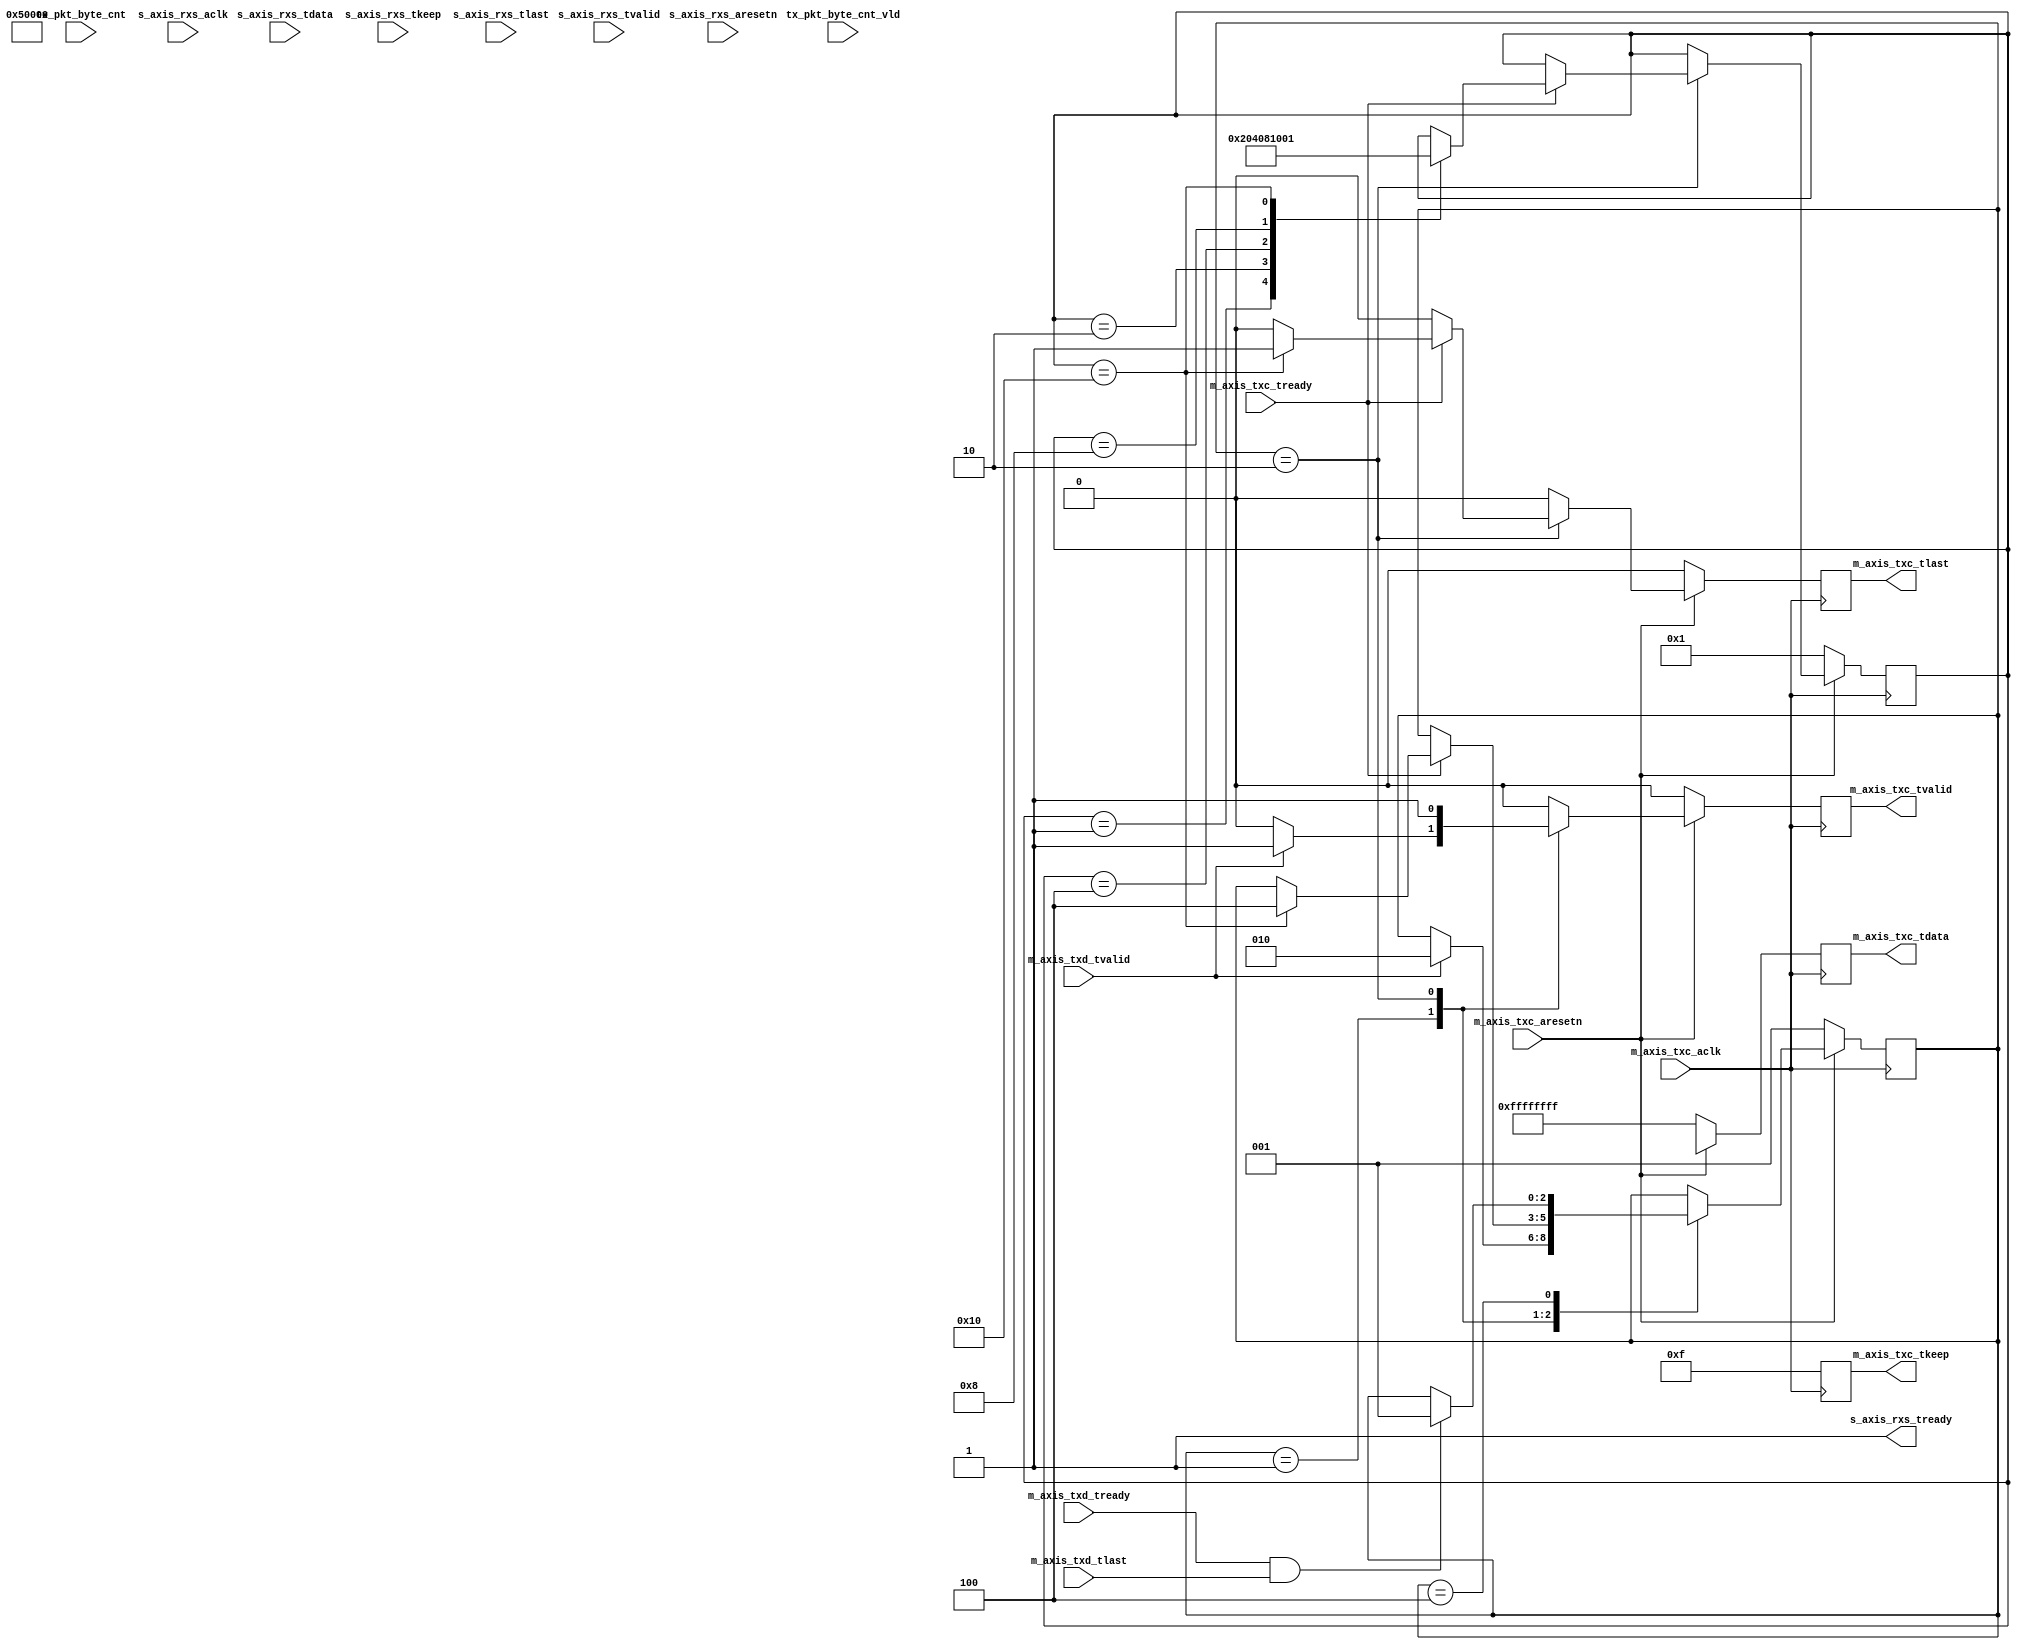
module dma_axis_control_if
#(
   parameter   C_s_axis_TDATA_WIDTH	= 32,
   parameter   C_m_axis_TDATA_WIDTH	= 32,
   parameter   C_m_axis_START_COUNT	= 32,
   parameter   C_S_AXIS_RXS_TDATA_WIDTH	= 32,
   parameter   C_M_AXIS_TXC_TDATA_WIDTH	= 32,
   parameter   C_m_axis_txc_START_COUNT	= 32,
   parameter   ENABLE_LEN	= 1
)
(

   // Ports of Axi Master Bus Interface m_axis
   input       m_axis_txd_tvalid,
   input       m_axis_txd_tlast,
   input       m_axis_txd_tready,
   input [11:0] tx_pkt_byte_cnt,
   input       tx_pkt_byte_cnt_vld,
   
   input       s_axis_rxs_aclk,
   input       s_axis_rxs_aresetn,
   output      s_axis_rxs_tready,
   input [C_S_AXIS_RXS_TDATA_WIDTH-1 : 0]       s_axis_rxs_tdata,
   input [(C_S_AXIS_RXS_TDATA_WIDTH/8)-1 : 0]   s_axis_rxs_tkeep,
   input       s_axis_rxs_tlast,
   input       s_axis_rxs_tvalid,
   
   input       m_axis_txc_aclk,
   input       m_axis_txc_aresetn,
   output reg     m_axis_txc_tvalid,
   output reg [C_M_AXIS_TXC_TDATA_WIDTH-1 : 0]      m_axis_txc_tdata,
   output reg [(C_M_AXIS_TXC_TDATA_WIDTH/8)-1 : 0]  m_axis_txc_tkeep,
   output reg  m_axis_txc_tlast,
   input      m_axis_txc_tready
);

reg [2:0]   tx_ctrl_state;
localparam  WAIT_FOR_REQ = 1,
            SEND_CTRL_PKTS = 2,
            WAIT_FOR_NXT = 4;
            
reg [7:0] send_ctrl_words;
localparam  WORD0 = 1,
            WORD1 = 2,
            WORD2 = 4,
            WORD3 = 8,
            WORD4 = 16,
            WORD5 = 32;

assign s_axis_rxs_tready = 1'b1;


reg len_fifo_rd_en;
wire [11:0] len_fifo_dout;
generate
   if(ENABLE_LEN)begin

   end
   else begin
      assign len_fifo_dout = 12'hFFF;
   end
endgenerate

always @(posedge m_axis_txc_aclk)
   if(!m_axis_txc_aresetn)begin
      tx_ctrl_state <= WAIT_FOR_REQ;
      send_ctrl_words <= WORD0;
      m_axis_txc_tvalid <= 1'b0;
      m_axis_txc_tdata <= 32'hFF_FF_FF_FF;
      m_axis_txc_tkeep <= 4'hF;
      m_axis_txc_tlast <= 1'b0;
      len_fifo_rd_en <= 1'b0;
   end
   else begin
      m_axis_txc_tvalid <= 1'b0;
      m_axis_txc_tdata <= {24'h50000,len_fifo_dout};
      m_axis_txc_tkeep <= 4'hF;
      m_axis_txc_tlast <= 1'b0;
      len_fifo_rd_en <= 1'b0;
      case (tx_ctrl_state)
         WAIT_FOR_REQ: begin
            if(m_axis_txd_tvalid) begin
               m_axis_txc_tvalid <= 1'b1;
               tx_ctrl_state <= SEND_CTRL_PKTS;
            end
         end
         SEND_CTRL_PKTS: begin
             m_axis_txc_tvalid <= 1'b1;
            if(m_axis_txc_tready) begin
               case (send_ctrl_words)
                  WORD0: send_ctrl_words <= WORD1;
                  WORD1: send_ctrl_words <= WORD2;
                  WORD2: send_ctrl_words <= WORD3;
                  WORD3: send_ctrl_words <= WORD4;
                  WORD4: begin 
                     send_ctrl_words <= WORD0;
                     m_axis_txc_tlast <= 1'b1;
                     len_fifo_rd_en <= 1'b1;
                     tx_ctrl_state <= WAIT_FOR_NXT;
                  end
               endcase
            end
         end
         WAIT_FOR_NXT: begin
            if(m_axis_txd_tready && m_axis_txd_tlast)tx_ctrl_state <= WAIT_FOR_REQ;
         end
      endcase
   end
endmodule